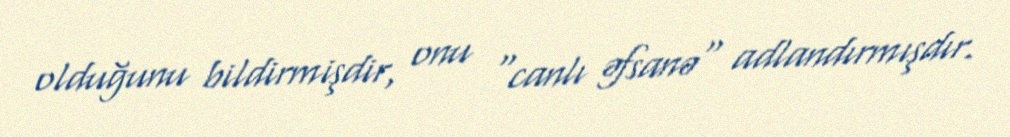
olduğunu bildirmişdir, onu "canlı əfsanə" adlandırmışdır.